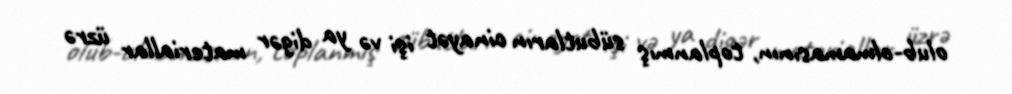
olub-olmamasının, toplanmış sübutların cinayət işi və ya digər materiallar üzrə